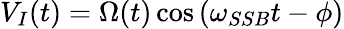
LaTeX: V_{I}(t)=\Omega(t)\cos\left(\omega_{SSB}t-\phi\right)